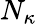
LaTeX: N_{\kappa}